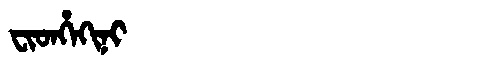
Manchu: ᠸᡳᡨᡥᡝᡴᡳᠨᡳ
Romanization: FITHEKINI